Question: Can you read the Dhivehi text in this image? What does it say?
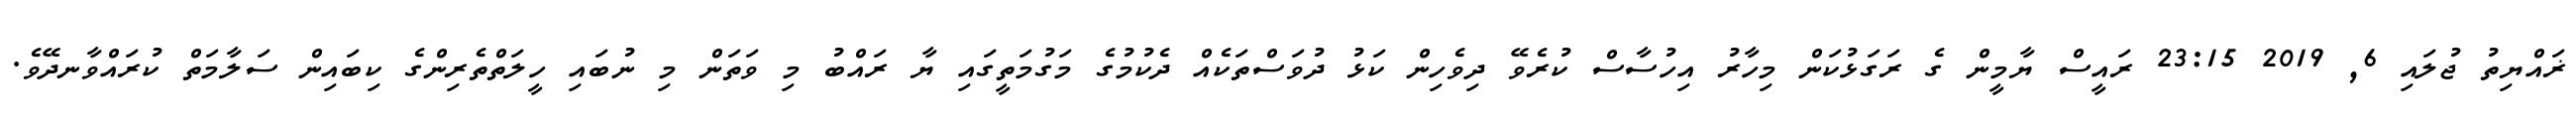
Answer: ޜައްޔިތު ޖުލައި 6, 2019 23:15 ރައީސް ޔާމީން ގެ ރަގަޅުކަން މިހާރު އިހުސާސް ކުރެވޭ ދިވެހިން ކަޅު ދުވަސްތަކެއް ދެކުމުގެ މަގުމަތީގައި ޔާ ރައްބު މި ވަތަން މި ނުބައި ހީލަތްތެރިންގެ ކިބައިން ސަލާމަތް ކުރައްވާނދޭވެ.